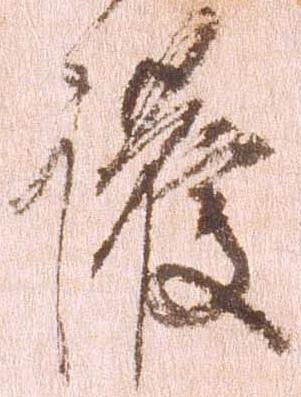
護